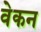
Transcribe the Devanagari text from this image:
वेकन